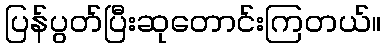
ပြန်ပွတ်ပြီးဆုတောင်းကြတယ်။